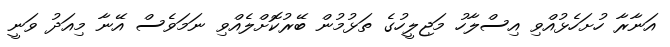
އަނާރާ ހުށަހެޅުއްވި އިސްލާހު މަޖިލީހުގެ ތަޅުމުން ބޭރުކޮށްލެއްވި ނަމަވެސް އޭނާ މިއަދު ވަނީ